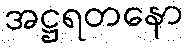
အဋ္ဌရတနော